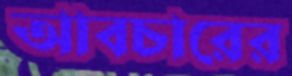
আবচারের